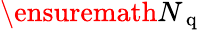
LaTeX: \ensuremath{{N_{\mathrm{~q~}}}}